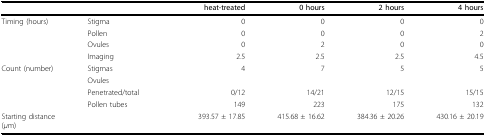
<table><thead><tr><td>[EMPTY_CELL]</td><td>[EMPTY_CELL]</td><td><b>heat-treated</b></td><td><b>0 hours</b></td><td><b>2 hours</b></td><td><b>4 hours</b></td></tr></thead><tbody><tr><td>Timing (hours)</td><td>Stigma</td><td>0</td><td>0</td><td>0</td><td>0</td></tr><tr><td>[EMPTY_CELL]</td><td>Pollen</td><td>0</td><td>0</td><td>0</td><td>2</td></tr><tr><td>[EMPTY_CELL]</td><td>Ovules</td><td>0</td><td>2</td><td>0</td><td>0</td></tr><tr><td>[EMPTY_CELL]</td><td>Imaging</td><td>2.5</td><td>2.5</td><td>2.5</td><td>4.5</td></tr><tr><td>Count (number)</td><td>Stigmas</td><td>4</td><td>7</td><td>5</td><td>5</td></tr><tr><td>[EMPTY_CELL]</td><td>Ovules</td><td>[EMPTY_CELL]</td><td>[EMPTY_CELL]</td><td>[EMPTY_CELL]</td><td>[EMPTY_CELL]</td></tr><tr><td>[EMPTY_CELL]</td><td>Penetrated/total</td><td>0/12</td><td>14/21</td><td>12/15</td><td>15/15</td></tr><tr><td>[EMPTY_CELL]</td><td>Pollen tubes</td><td>149</td><td>223</td><td>175</td><td>132</td></tr><tr><td>Starting distance(<i>μ</i>m)</td><td>[EMPTY_CELL]</td><td>393.57 ± 17.85</td><td>415.68 ± 16.62</td><td>384.36 ± 20.26</td><td>430.16 ± 20.19</td></tr></tbody></table>